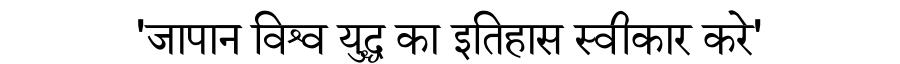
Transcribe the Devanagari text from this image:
'जापान विश्व युद्ध का इतिहास स्वीकार करे'